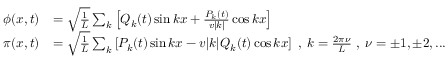
\begin{array} { r l } { \phi ( x , t ) } & { = \sqrt { \frac { 1 } { L } } \sum _ { k } \left[ Q _ { k } ( t ) \sin k x + \frac { P _ { k } ( t ) } { v | k | } \cos k x \right] } \\ { \pi ( x , t ) } & { = \sqrt { \frac { 1 } { L } } \sum _ { k } \left[ P _ { k } ( t ) \sin k x - v | k | Q _ { k } ( t ) \cos k x \right] \; , \; k = \frac { 2 \pi \nu } { L } \; , \; \nu = \pm 1 , \pm 2 , . . . } \end{array}